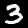
Label: 3